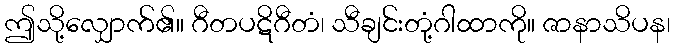
ဤသို့လျှောက်၏။ ဂီတပဋိဂီတံ၊ သီချင်းတုံ့ဂါထာကို။ ဇာနာသိပန၊